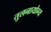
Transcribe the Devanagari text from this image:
तुलनायोग्य